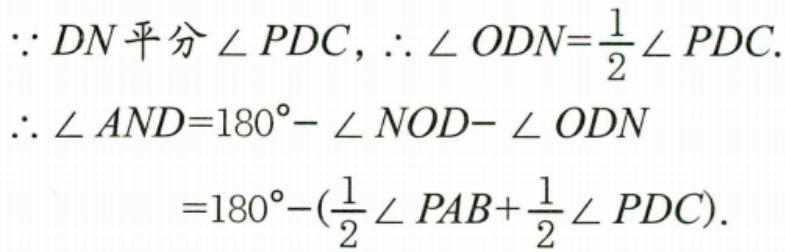
\(\because DN\)平分\(\angle PDC\)，\(\therefore \angle ODN = \dfrac{1}{2}\angle PDC\).\\
\(\therefore \angle AND=180^{\circ}-\angle NOD - \angle ODN\)
\(=180^{\circ}-\left(\dfrac{1}{2}\angle PAB+\dfrac{1}{2}\angle PDC\right)\).